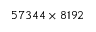
5 7 3 4 4 \times 8 1 9 2